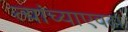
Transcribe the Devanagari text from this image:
त्यांच्याएवढा